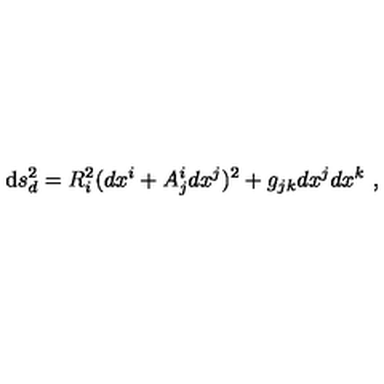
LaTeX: \mathrm { d } s _ { d } ^ { 2 } = R _ { i } ^ { 2 } ( d x ^ { i } + A _ { j } ^ { i } d x ^ { j } ) ^ { 2 } + g _ { j k } d x ^ { j } d x ^ { k } \ ,